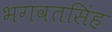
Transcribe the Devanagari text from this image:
भगवतसिंह